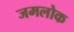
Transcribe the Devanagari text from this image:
जमलोक